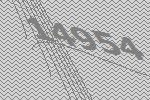
14954